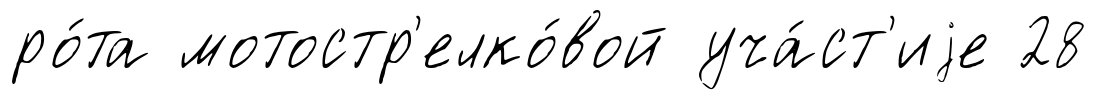
ро́та мотостр'елко́вой уча́ст'иjе 28